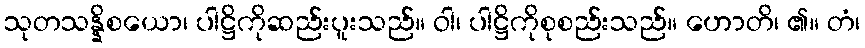
သုတသန္နိစယော၊ ပါဋ္ဌိကိုဆည်းပူးသည်။ ဝါ၊ ပါဋ္ဌိကိုစုစည်းသည်။ ဟောတိ၊ ၏။ တံ၊